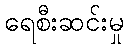
ရေစီးဆင်းမှု